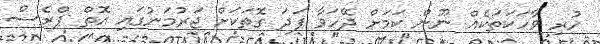
ހުރި ވާހަކަތަކެއް ނޫން ކަމަށް ދޭހަވާ ފަދަ ގޮތަކަށް ޖަރުމަނުގައި އޮތް ޕްރެސް